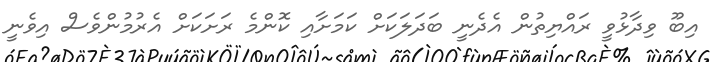
އިބޫ ވިދާޅުވީ ރައްޔިތުން އެދެނީ ބަދަލަކަށް ކަމަށާއި ކޮންމެ ރަށަކަށް އެރުމުންވެސް އިވެނީ